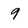
Character: 9